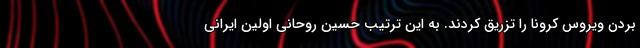
بردن ویروس کرونا را تزریق کردند. به این ترتیب حسین روحانی اولین ایرانی